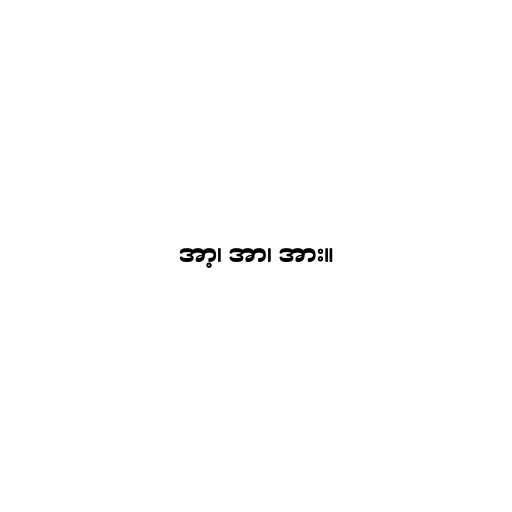
အာ့၊ အာ၊ အား။